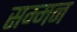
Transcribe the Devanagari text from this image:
सम्‍मन